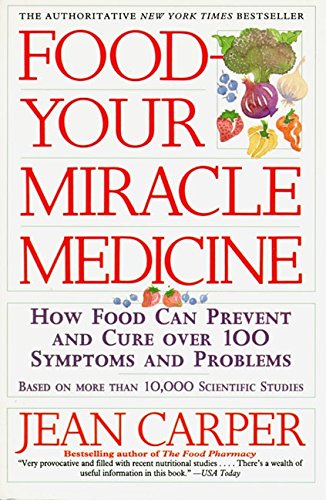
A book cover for Food--Your Miracle Medicine; Jean Carper; Medical Books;